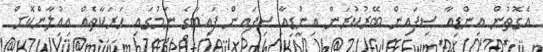
އެގޮތުން އިންޑިއާ ސިފައިން ބޭރުކުރަން އިންޑިއާ ސިފައިން ފައިބާގެ ނަމުގައި ހަރަކާތެއް އިއުލާންކޮށް